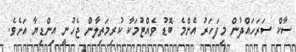
ސާކް ސަރަހައްދުން މިފަހަރު އެންމެ ބޮޑު ވެއްޓުމަކާ ކުރިމަތިލާން ޖެހުނީ އިންޑިޔާ އަށެވެ.